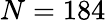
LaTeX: N=184